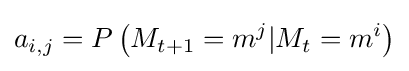
a_{i,j}=P\left(M_{t+1}=m^{j}|M_{t}=m^{i}\right)